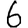
Digit: 6